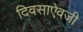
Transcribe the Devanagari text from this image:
दिवसाऐवजी